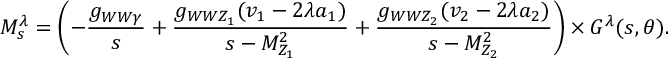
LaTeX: { \cal M } _ { s } ^ { \lambda } = \left( - \frac { g _ { W W \gamma } } { s } + \frac { g _ { W W Z _ { 1 } } ( v _ { 1 } - 2 \lambda a _ { 1 } ) } { s - M _ { Z _ { 1 } } ^ { 2 } } + \frac { g _ { W W Z _ { 2 } } ( v _ { 2 } - 2 \lambda a _ { 2 } ) } { s - M _ { Z _ { 2 } } ^ { 2 } } \right) \times { \cal G } ^ { \lambda } ( s , \theta ) .